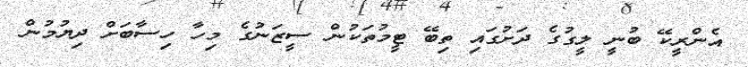
އެންރީކޭ ބުނީ ލީގުގެ ދަށުގައި ތިބޭ ޓީމުތަކުން ސީޒަނުގެ މިހާ ހިސާބަށް ދިޔުމުން